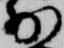
少